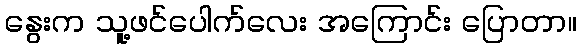
နွေးက သူ့ဖင်ပေါက်လေး အကြောင်း ပြောတာ။